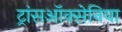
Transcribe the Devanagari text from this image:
ट्रांसऑक्सेनिया